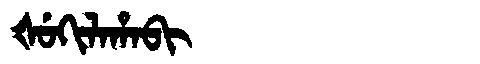
Manchu: ᡧᡠᡴᡳᠯᠠᡥᠠᠪᡳ
Romanization: ŠUKILAHABI